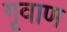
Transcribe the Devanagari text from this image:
गृवाण